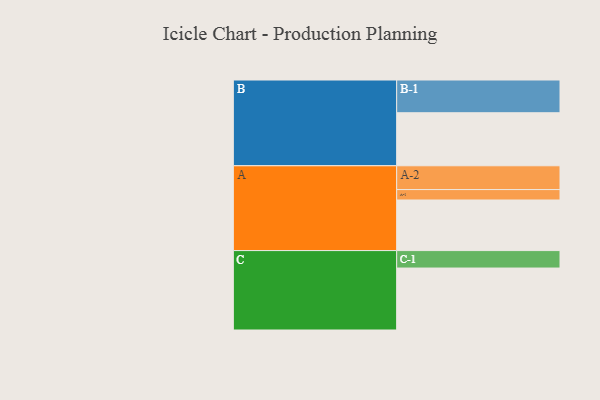
{"axis": {"x": "Segment", "y": "Value"}, "legend": ["", "A", "B", "C"], "data": [{"x": "A", "y": 374, "type": ""}, {"x": "B", "y": 392, "type": ""}, {"x": "C", "y": 458, "type": ""}, {"x": "A-1", "y": 77, "type": "A"}, {"x": "A-2", "y": 176, "type": "A"}, {"x": "B-1", "y": 242, "type": "B"}, {"x": "C-1", "y": 129, "type": "C"}]}